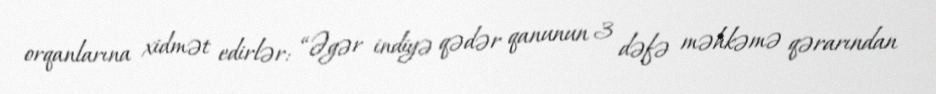
orqanlarına xidmət edirlər: “Əgər indiyə qədər qanunun 3 dəfə məhkəmə qərarından